Lunatic asylums Punjab 1881-1894 - 1881-1894
Year: 1881
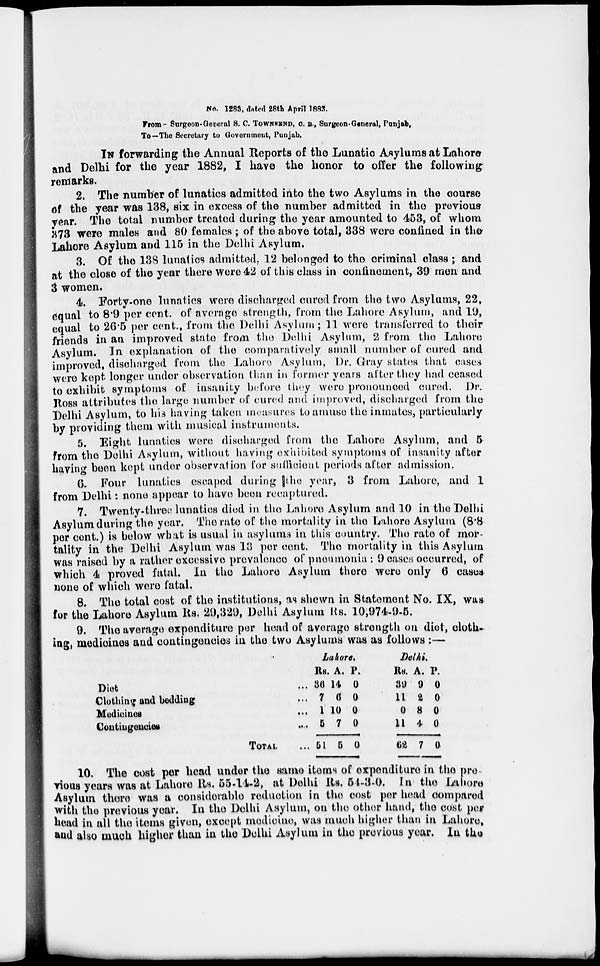
No. 1283, dated 28th April 1883.
From - Surgeon-General S. C. TOWNSEND, C. B., Surgeon-General, Punjab,
To—The Secretary to Government, Punjab.
IN forwarding the Annual Reports of the Lunatic Asylums at Lahore
and Delhi for the year 1882, I have the honor to offer the following
remarks.
2. The number of lunatics admitted into the two Asylums in the course
of the year was 138, six in excess of the number admitted in the previous
year. The total number treated during the year amounted to 458, of whom
378 were males and 80 females ; of the above total, 338 were confined in the
Lahore Asylum and 115 in the Delhi Asylum.
3. Of the 188 lunatics admitted, 12 belonged to the criminal class ; and
at the close of the year there were 42 of this class in confinement, 39 men and
3 women.
4. Forty-one lunatics were discharged cured from the two Asylums, 22,
equal to 8.9 per cent. of average strength, from the Lahore Asylum, and 19,
equal to 26.5 per cent., from the Delhi Asylum; 11 were transferred to their
friends in an improved state from the Delhi Asylum, 2 from the Lahore
Asylum. In explanation of the comparatively small number of cured and
improved, discharged from the Lahore Asylum, Dr. Gray states that cases
were kept longer under observation than in former years after they had ceased
to exhibit symptoms of insanity before they were pronounced cured. Dr..
Ross attributes the large number of cured and improved, discharged from the
Delhi Asylum, to his having taken measures to amuse the inmates, particularly
by providing them with musical instruments.
5. Eight lunatics were discharged from the Lahore Asylum, and 5
from the Delhi Asylum, without having exhibited symptoms of insanity after
having been kept under observation for sufficient periods after admission.
6. Four lunatics escaped during the year, 3 from Lahore, and 1
from Delhi: none appear to have been recaptured.
7. Twenty-three lunatics died in the Lahore Asylum and 10 in the Delhi
Asylum during the year. The rate of the mortality in the Lahore Asylum (8.8
per cent.) is below what is usual in asylums in this country. The rate of mor-
tality in the Delhi Asylum was 13 per cent. The mortality in this Asylum
was raised by a rather excessive prevalence of pneumonia : 9 cases occurred, of
which 4 proved fatal. In the Lahore Asylum there were only 6 cases
none of which were fatal.
8. The total cost of the institutions, as shewn in Statement No. IX, was
for the Lahore Asylum Rs. 29,329, Delhi Asylum Rs. 10;974-9-5.
9. The average expenditure per head of average strength on diet, cloth-
ing, medicines and contingencies in the two Asylums was as follows:—
Diet ...
Clothing and bedding ...
Medicines...
Contingencies...
TOTAL...
Lahore.
Rs.
36
7
1
5
51
A.
14
6
10
7
5
P.
0
0
0
0
0
Delhi.
Rs.
39
11
0
11
62
A.
9
2
8
4
7
P.
0
0
0
0
0
10. The cost per head under the same items of expenditure in the pre-
vious years was at Lahore Rs. 55-14-2, at Delhi Rs. 54-3-0. In the Lahore
Asylum there was a considerable reduction in the cost per head compared
with the previous year. In the Delhi Asylum, on the other hand, the cost per
head in all the items given, except medicine, was much higher than in Lahore,
and also much higher than in the Delhi Asylum in the previous year. In the